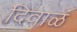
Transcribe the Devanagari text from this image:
दिवाळं